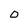
Character: O